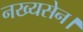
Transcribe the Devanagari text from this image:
नख्यसेन।